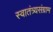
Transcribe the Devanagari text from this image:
स्वातंत्र्यसंग्राम